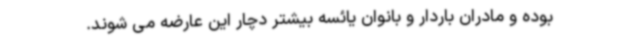
بوده و مادران باردار و بانوان یائسه بیشتر دچار این عارضه می شوند.